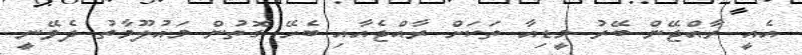
އެއީ ރާއްޖޭން ބޭރު މީޑިއާ ތަކަށް ރާއްޖެއާއި ބެހޭ ގޮތުން މައުލޫމާތު ދެވޭނީ